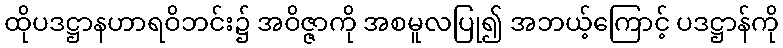
ထိုပဒဋ္ဌာနဟာရဝိဘင်း၌ အဝိဇ္ဇာကို အစမူလပြု၍ အဘယ့်ကြောင့် ပဒဋ္ဌာန်ကို